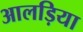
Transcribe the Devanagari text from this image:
आलड़िया